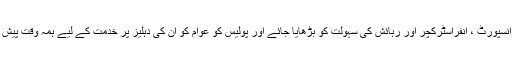
اسی طرح ٹرانسپورٹ ، انفراسٹرکچر اور رہائش کی سہولت کو بڑھایا جائے اور پولیس کو عوام کو ان کی دہلیز پر خدمت کے لیے ہمہ وقت پیش رکھا جائے ۔